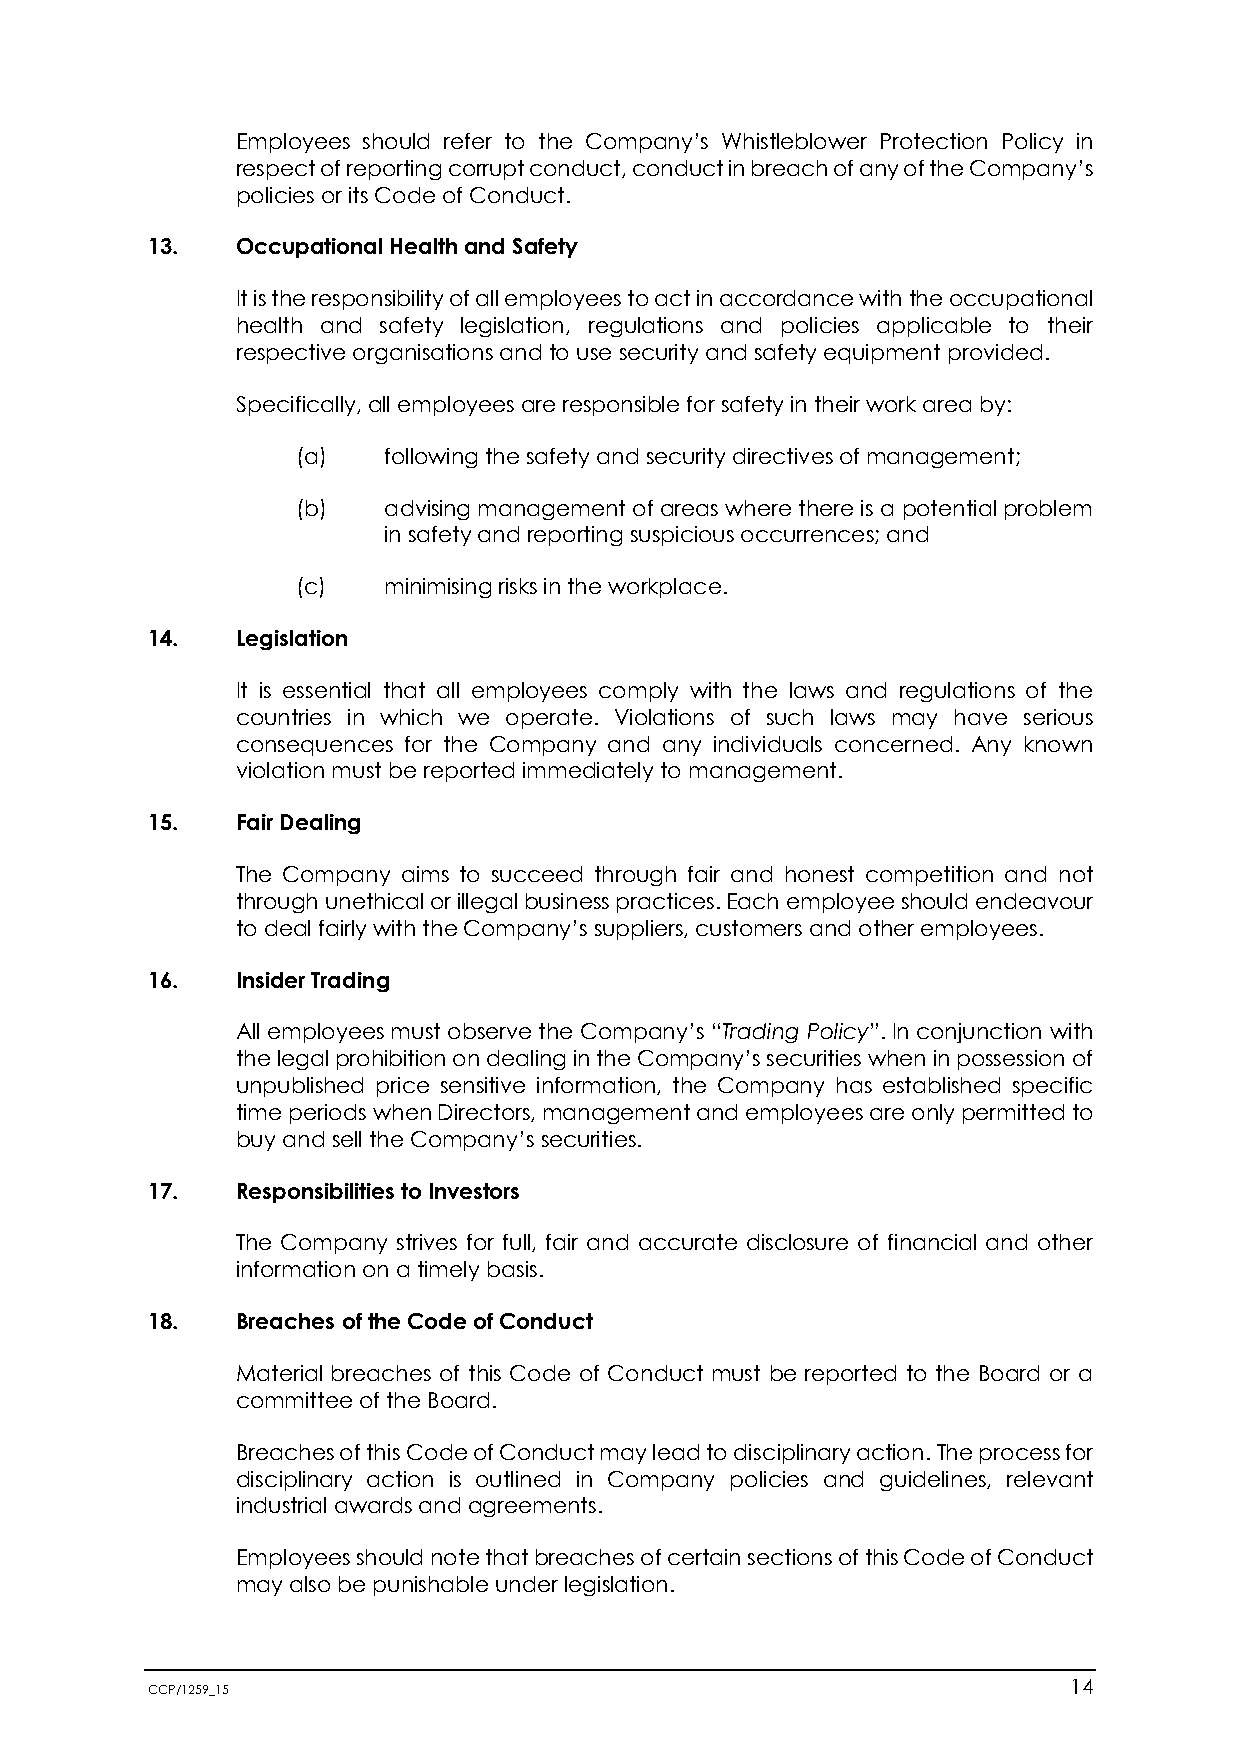
Employees should refer to the Company’s Whistleblower Protection Policy in
 respect of reporting corrupt conduct, conduct in breach of any of the Company’s
 policies or its Code of Conduct.
 13.   Occupational Health and Safety
 It is the responsibility of all employees to act in accordance with the occupational
 health and safety legislation, regulations and policies applicable to their
 respective organisations and to use security and safety equipment provided.
 Specifically, all employees are responsible for safety in their work area by:
 (a)  following the safety and security directives of management;
 (b)  advising management of areas where there is a potential problem
 in safety and reporting suspicious occurrences; and
 (c)  minimising risks in the workplace.
 14.   Legislation
 It is essential that all employees comply with the laws and regulations of the
 countries in which we operate. Violations of such laws may have serious
 consequences for the Company and any individuals concerned. Any known
 violation must be reported immediately to management.
 15.   Fair Dealing
 The Company aims to succeed through fair and honest competition and not
 through unethical or illegal business practices. Each employee should endeavour
 to deal fairly with the Company’s suppliers, customers and other employees.
 16.   Insider Trading
 All employees must observe the Company’s “Trading Policy”. In conjunction with
 the legal prohibition on dealing in the Company’s securities when in possession of
 unpublished price sensitive information, the Company has established specific
 time periods when Directors, management and employees are only permitted to
 buy and sell the Company’s securities.
 17.   Responsibilities to Investors
 The Company strives for full, fair and accurate disclosure of financial and other
 information on a timely basis.
 18.   Breaches of the Code of Conduct
 Material breaches of this Code of Conduct must be reported to the Board or a
 committee of the Board.
 Breaches of this Code of Conduct may lead to disciplinary action. The process for
 disciplinary action is outlined in Company policies and guidelines, relevant
 industrial awards and agreements.
 Employees should note that breaches of certain sections of this Code of Conduct
 may also be punishable under legislation.
 CCP/1259_15                                                  14